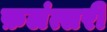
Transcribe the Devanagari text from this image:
फ़लंत्सरी